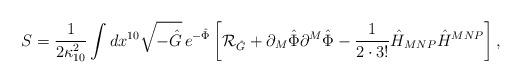
LaTeX: \begin{align*}S={1\over{2\kappa^2_{10}}}\int dx^{10}\sqrt{-\hat{G}}\,e^{-\hat{\Phi}}\left[{\cal R}_{\hat{G}}+\partial_M\hat{\Phi}\partial^M\hat{\Phi}-{1\over{2\cdot 3!}}\hat{H}_{MNP}\hat{H}^{MNP}\right],\end{align*}